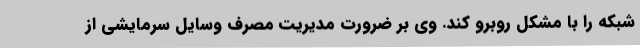
شبکه را با مشکل روبرو کند. وی بر ضرورت مدیریت مصرف وسایل سرمایشی از